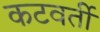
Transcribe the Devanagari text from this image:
कटवर्ती